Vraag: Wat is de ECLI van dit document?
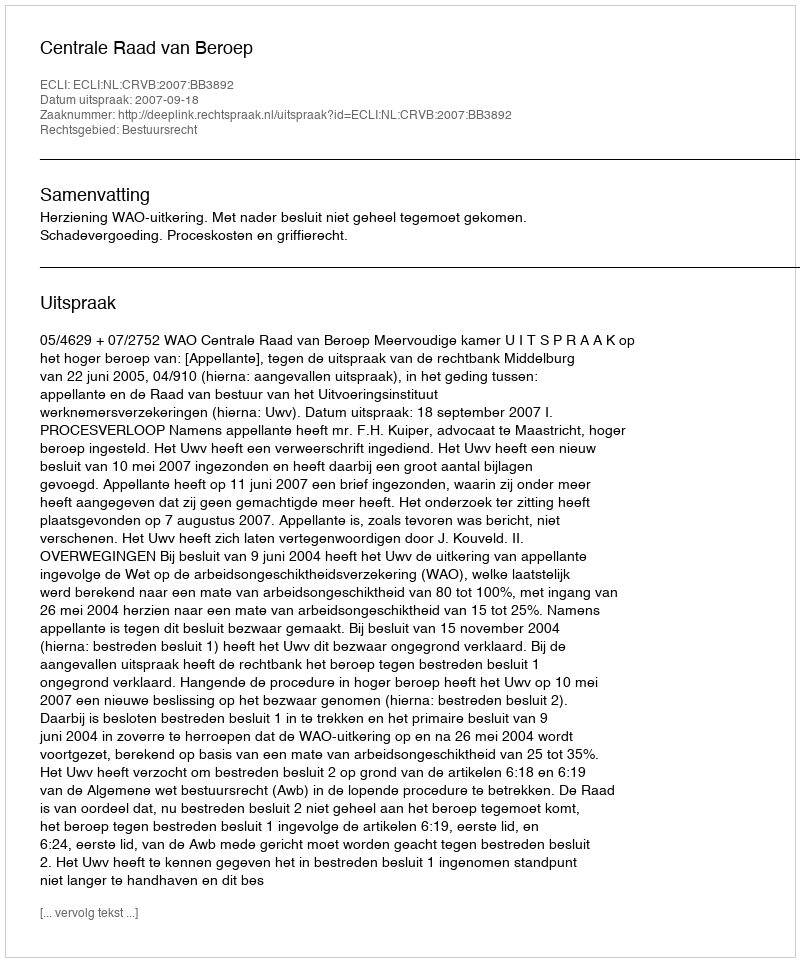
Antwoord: ECLI:NL:CRVB:2007:BB3892